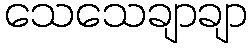
သေသေချာချာ